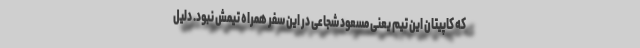
که کاپیتان این تیم یعنی مسعود شجاعی در این سفر همراه تیمش نبود. دلیل